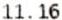
11.16